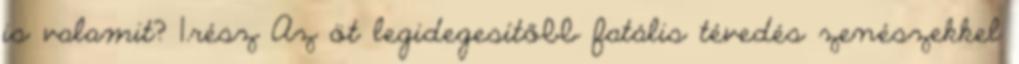
is valamit? 1.rész Az öt legidegesítőbb fatális tévedés zenészekkel